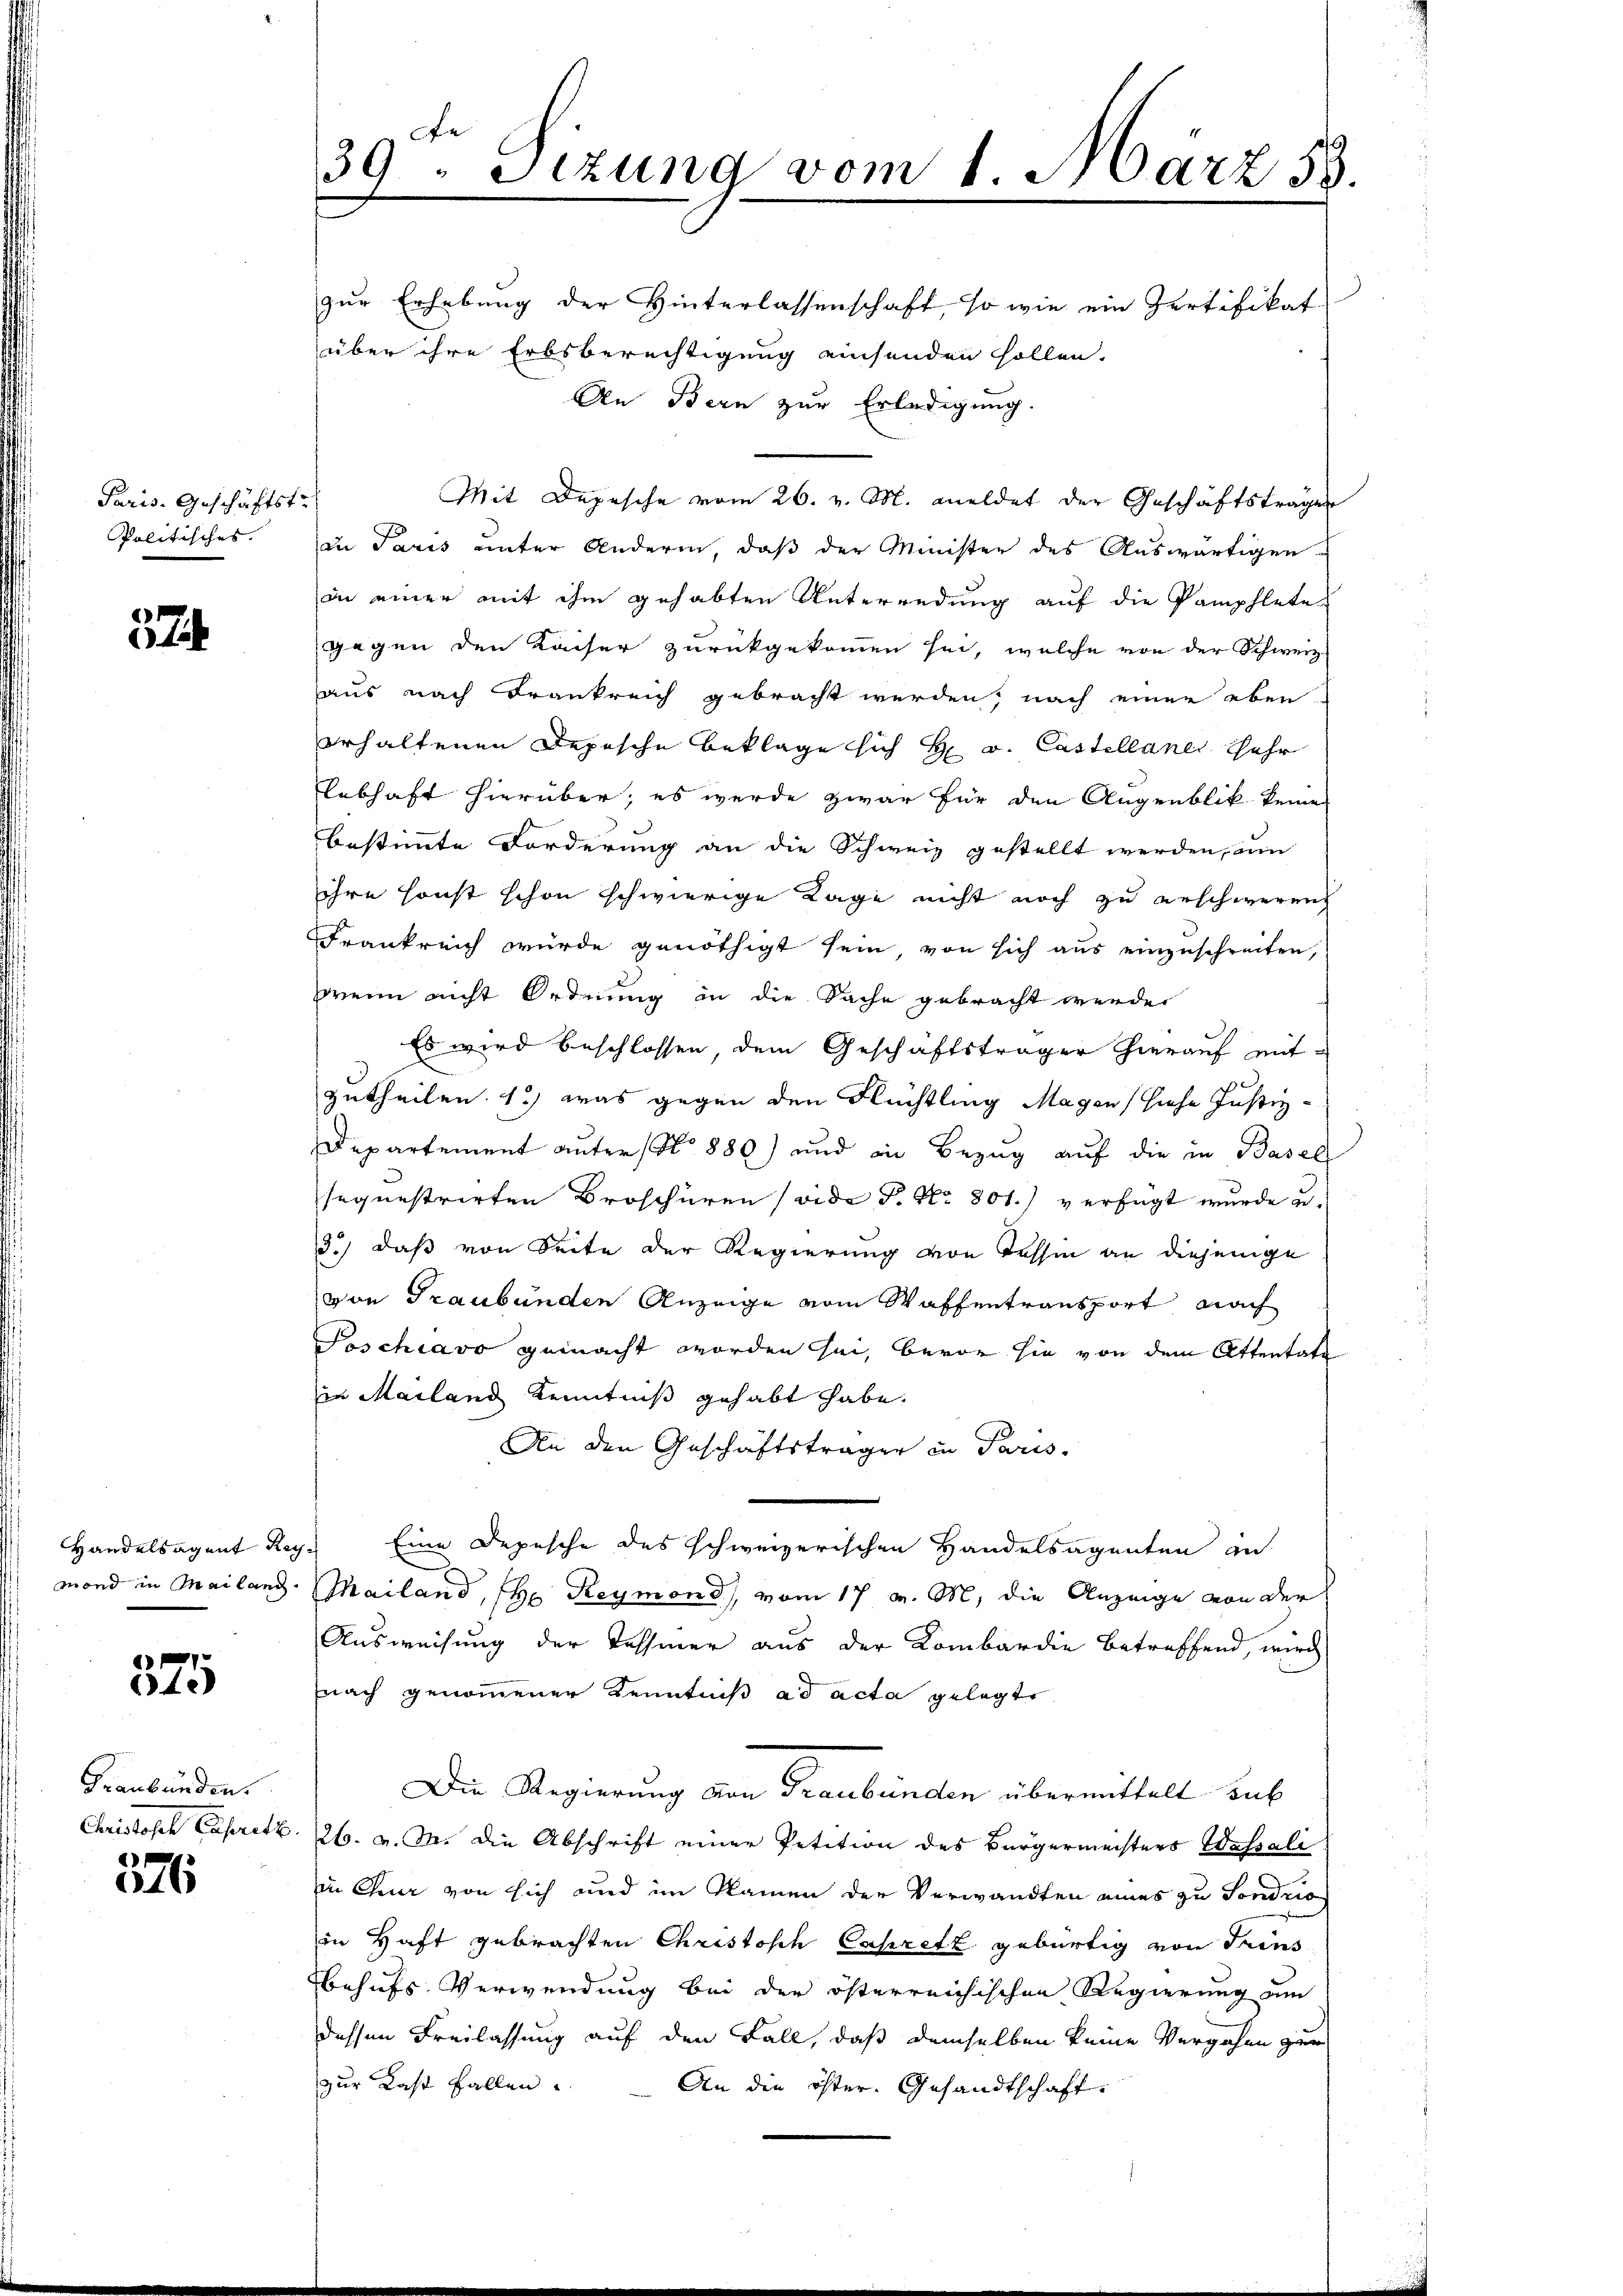
Paris. Geschäftst
Politisches.

57

375

Graubünden.
e

16

zur Erhebung der Hinterlassenschaft, so wie ein Zertifikat
über ihre Erbsberechtigung einsenden sollen.
An Bern zur Erledigung.
Mit Depesche vom 26. v. M. meldet der Geschäftsträgen
in Paris unter Anderen, daß der Minister des Auswärtigen
in einer mit ihm gehabten Unterredung auf die Pamphlete
gegen den Kaiser zurückgekommen sei, welche von der Schweiz
aus nach Frankreich gebracht werden, nach einer eben
erhaltenen Depesche Beklage sich H. v. Castellanes sehr
lebhaft hierüber; es werde zwar für den Augenblik keine
bestimmte Forderung an die Schweiz gestellt werden, um
ihre sonst schon schwierige Lage nicht noch zu erschweren
Frankreich wurde genöthigt sein, von sich aus einzuschreiten,
wenn nicht Ordnung in die Sache gebracht werden
Es wird beschlossen, dem Geschäftsträger hierauf mitzutheilen. 1) was gegen den Flüchtling Magen (siehe Justiz-
Departement unterst 880) und in Bezug auf die in Basel
sequestrirten Broschüren (vide P. Nr. 801.) verfügt wurde u.
3.) daß von Seite der Regierung von Tessin an diejenige
von Graubünden Anzeige vom Waffentransport nach
Poschiavo gemacht worden sei, bevor sie von dem Attentate
in Mailand Kenntniß gehabt habe.
An den Geschäftsträger in Paris.
Handelsagent Reg. Eine Depesche des schweizerischen Handelsagenten an
mond in Mailand. Mailand, H. Reymond, vom 17 v. M. die Anzeige von der
Ausweisung der Tessiner aus der Kombardie betreffend, wird
nach genommener Kenntniß ad acta gelegte
Die Regierung von Graubünden übermittelt sub
Christisch Capretz. 26. v. M. die Abschrift einer Petition des Bürgermeisters Wassali
in Chur von sich und im Namen der Verwandten eines zu Sondrio
in Haft gebrachten Christisch Capritz gebürtig von dem
behufs Verwendung bei der österreichischen Regierung um
dessen Freilassung auf den Fall, daß demselben keine Vergehen zur
zur Last fallen u
An die öster Gesandtschaft

De
39. Sizung vom 1. März 53.